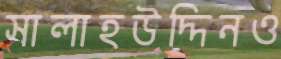
সালাহউদ্দিনও